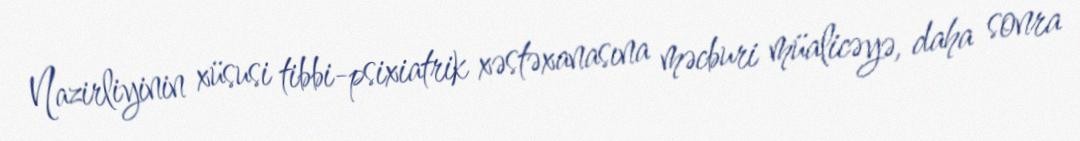
Nazirliyinin xüsusi tibbi-psixiatrik xəstəxanasına məcburi müalicəyə, daha sonra